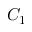
C _ { 1 }